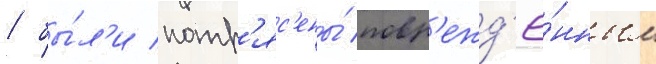
/ бы́л'и потр'яс'ены́ повр'ежд'ё́нным